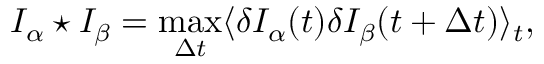
I _ { \alpha } \star I _ { \beta } = \operatorname* { m a x } _ { \Delta t } \langle \delta I _ { \alpha } ( t ) \delta I _ { \beta } ( t + \Delta t ) \rangle _ { t } ,